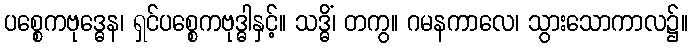
ပစ္စေကဗုဒ္ဓေန၊ ရှင်ပစ္စေကဗုဒ္ဓါနှင့်။ သဒ္ဓိံ၊ တကွ။ ဂမနကာလေ၊ သွားသောကာလ၌။